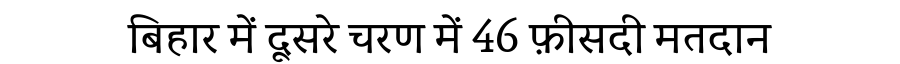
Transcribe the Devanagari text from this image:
बिहार में दूसरे चरण में 46 फ़ीसदी मतदान